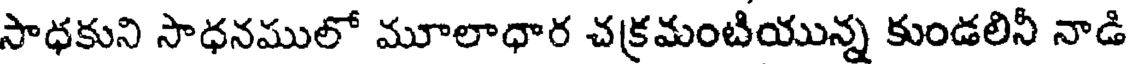
సాధకుని సాధనములో మూలాధార చక్రమంటియున్న కుండలినీ నాడి